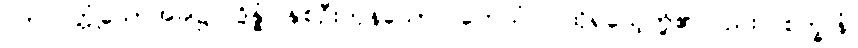
လာလတ္တံ့သောအခါ၌။ ဒွိန္နံ၊ နှစ်ဦးကုန်သော။ တေသံပိ၊ ထိုရသေ့တို့၏လည်း။ စက္ခူနံ၊